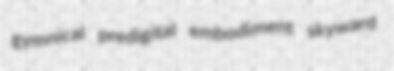
gymnical predigital embodiment skyward